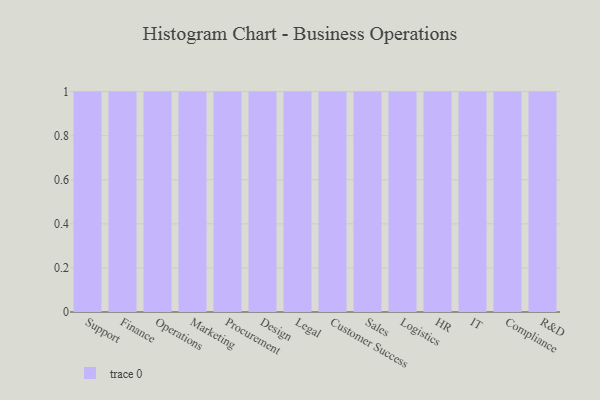
{"axis": {"x": "Department", "y": "Active Users"}, "legend": [""], "data": [{"x": "Support", "y": 5, "type": ""}, {"x": "Finance", "y": 62, "type": ""}, {"x": "Operations", "y": 39, "type": ""}, {"x": "Marketing", "y": 78, "type": ""}, {"x": "Procurement", "y": 32, "type": ""}, {"x": "Design", "y": 16, "type": ""}, {"x": "Legal", "y": 21, "type": ""}, {"x": "Customer Success", "y": 36, "type": ""}, {"x": "Sales", "y": 6, "type": ""}, {"x": "Logistics", "y": 90, "type": ""}, {"x": "HR", "y": 40, "type": ""}, {"x": "IT", "y": 35, "type": ""}, {"x": "Compliance", "y": 64, "type": ""}, {"x": "R&D", "y": 5, "type": ""}]}